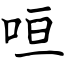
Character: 咺